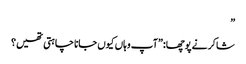
”
شاکر نے پوچھا:”آپ وہاں کیوں جانا چاہتی تھیں؟